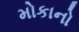
મોકાનો